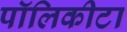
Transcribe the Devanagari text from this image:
पॉलिकीटा